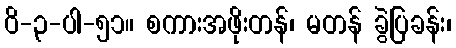
ဝိ-၃-ပါ-၅၁။ စကားအဖိုးတန်၊ မတန် ခွဲပြခန်း၊